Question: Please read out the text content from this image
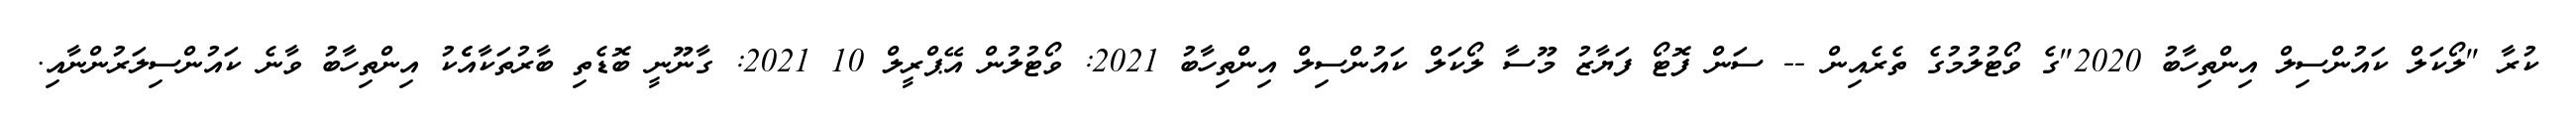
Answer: ކުރާ "ލޯކަލް ކައުންސިލް އިންތިހާބު 2020"ގެ ވޯޓުލުމުގެ ތެރެއިން -- ސަން ފޮޓޯ ފަޔާޒު މޫސާ ލޯކަލް ކައުންސިލް އިންތިހާބު 2021: ވޯޓުލުން އޭޕްރީލް 10 2021: ގާނޫނީ ބޮޑެތި ބާރުތަކާއެެކު އިންތިހާބު ވާނެ ކައުންސިލަރުންނާއި.